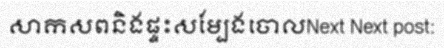
សាកសពនិងផ្ទះសម្បែងចោលNext Next post: